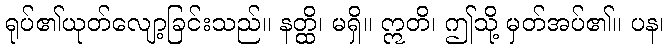
ရုပ်၏ယုတ်လျော့ခြင်းသည်။ နတ္ထိ၊ မရှိ။ ဣတိ၊ ဤသို့ မှတ်အပ်၏။ ပန၊